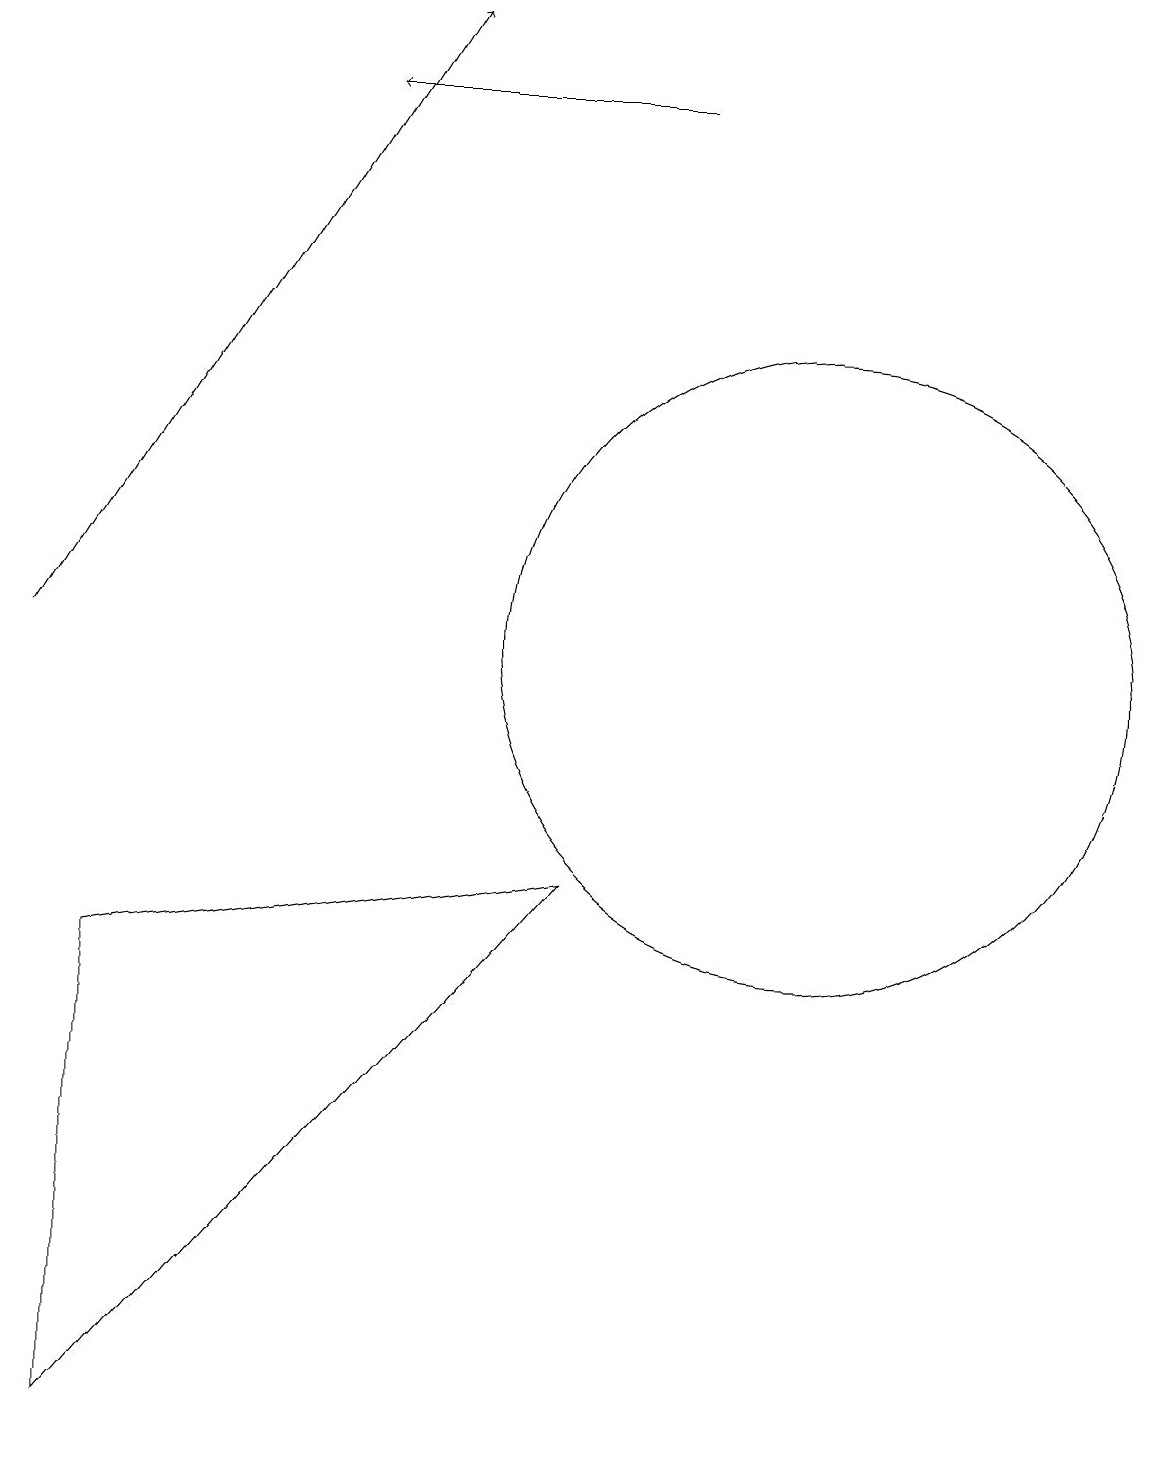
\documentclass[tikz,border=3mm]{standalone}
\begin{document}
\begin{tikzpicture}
\draw[->] (8,18) -- (4,18);
\draw[->] (0,11) -- (5,19);
\draw (1,1) -- (7,8) -- (1,7) -- cycle;
\draw (10,11) circle (4);
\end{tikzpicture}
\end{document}